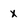
Character: x